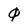
Character: 0